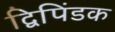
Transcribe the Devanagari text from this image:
द्विपिंडक